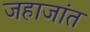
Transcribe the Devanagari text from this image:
जहाजांत